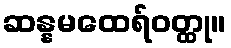
ဆန္နမထေရ်ဝတ္ထု။